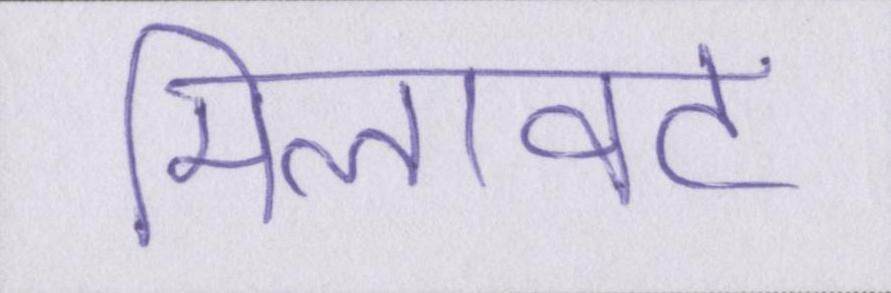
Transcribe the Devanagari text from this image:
मिलावट